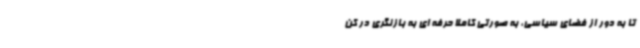
تا به دور از فضای سیاسی، به صورتی کاملاً حرفه ای به بازنگری در کن